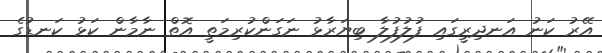
އޭރު ކަނު އަނދިރީގައި ފުލުފުލާ ބިޔަރާޅު ނަގަންކުރިމަތީ އޮތް ނާމާން ކަޅު ކަނޑުގެ